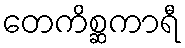
တေကိစ္ဆကာရီ